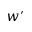
w ^ { \prime }